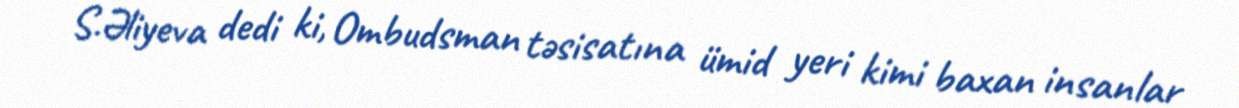
S.Əliyeva dedi ki, Ombudsman təsisatına ümid yeri kimi baxan insanlar